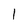
Character: I